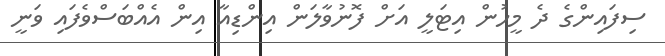
ސިފައިންގެ ދެ މީހުން އިޓަލީ އަށް ފޮނުވާލަން އިންޑިއާ އިން އެއްބަސްވެފައި ވަނީ